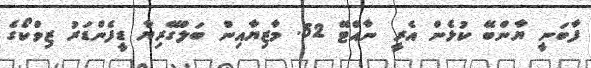
ފާބަނީ ޔާންބޭ ކުޅެން އެރީ ނާއްޓޭ 52. މާޒިޔާއިން ބަލްގޭރިޔާ ޑީފެންޑަރު ޒިވްކޯގެ